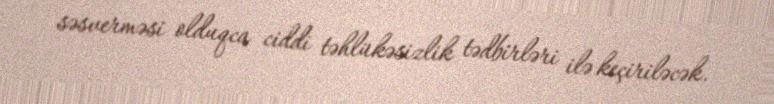
səsverməsi olduqca ciddi təhlükəsizlik tədbirləri ilə keçiriləcək.